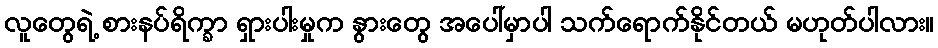
လူတွေရဲ့ စားနပ်ရိက္ခာ ရှားပါးမှုက နွားတွေ အပေါ်မှာပါ သက်ရောက်နိုင်တယ် မဟုတ်ပါလား။